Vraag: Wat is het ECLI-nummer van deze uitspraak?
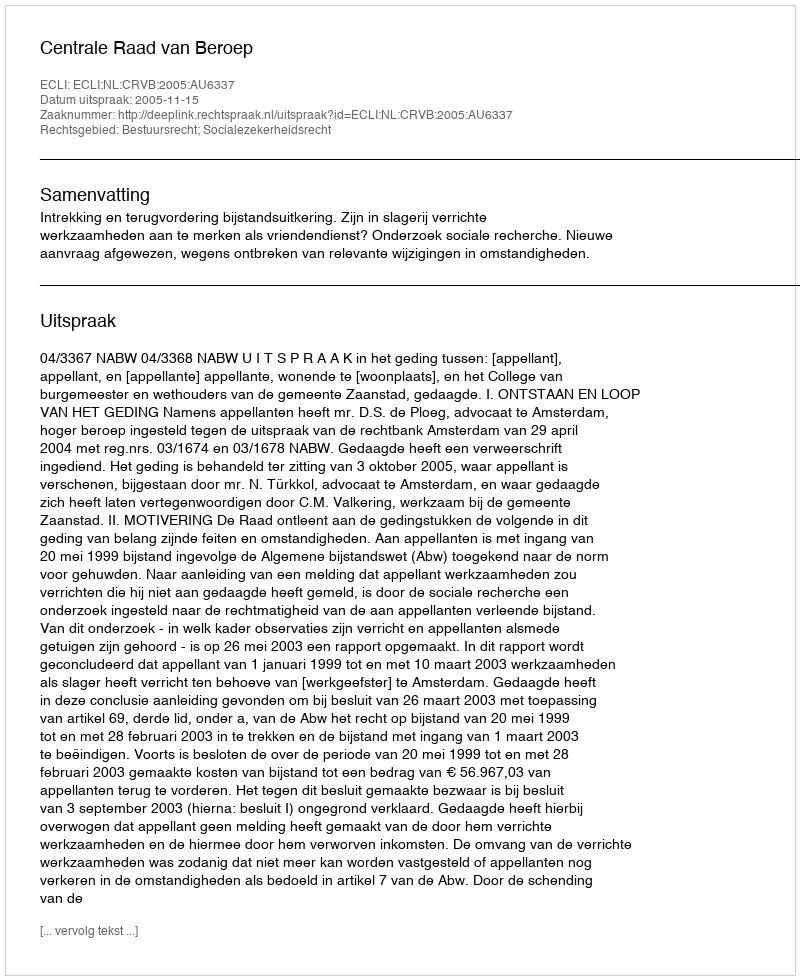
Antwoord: ECLI:NL:CRVB:2005:AU6337